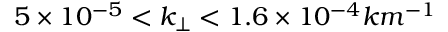
5 \times 1 0 ^ { - 5 } < k _ { \perp } < 1 . 6 \times 1 0 ^ { - 4 } k m ^ { - 1 }